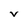
Character: v